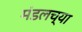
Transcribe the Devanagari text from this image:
मंडलच्या